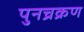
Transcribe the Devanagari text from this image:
पुनच्रक्रण